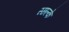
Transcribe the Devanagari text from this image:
स्छल्के